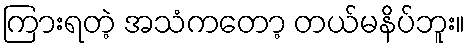
ကြားရတဲ့ အသံကတော့ တယ်မနိပ်ဘူး။